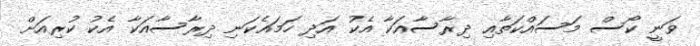
ވަނީ ކޯސް މަސައްކަތާއި ދިރާސާއަކާ އެކު އަދި ހަމައެކަނި ދިރާސާއަކާ އެކު ކުރިއަށް